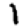
Digit: 1